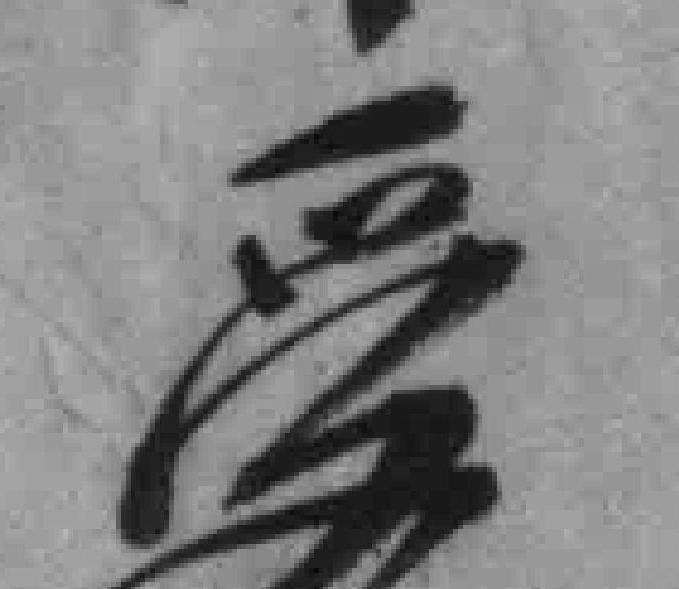
受